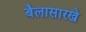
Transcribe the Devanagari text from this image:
बैलासारखे